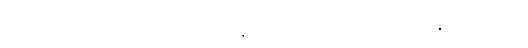
အစားအစာကို မစားဘဲ ရဟန်းတရားကို အားမထုတ်နိုင်ကြောင်း